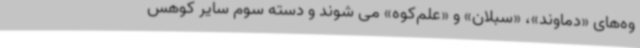
وه‌های «دماوند»، «سبلان» و «علم‌کوه» می شوند و دسته سوم سایر کوهس